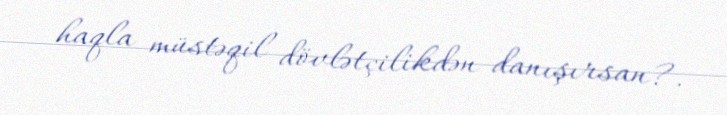
haqla müstəqil dövlətçilikdən danışırsan?.